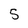
Character: 5